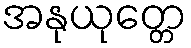
အနုယုတ္တေ